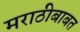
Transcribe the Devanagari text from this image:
मराठीबाबत